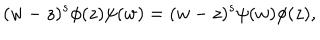
LaTeX: ( w - z ) ^ { s } \phi ( z ) \psi ( w ) = ( w - z ) ^ { s } \psi ( w ) \phi ( z ) ,